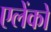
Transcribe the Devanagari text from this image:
एलेंको